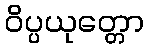
ဝိပ္ပယုတ္တော